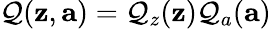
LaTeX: \mathcal{Q}(\mathbf{{z}},\mathbf{{a}})=\mathcal{Q}_{z}(\mathbf{{z}})\mathcal{Q}_{a}(\mathbf{{a}})